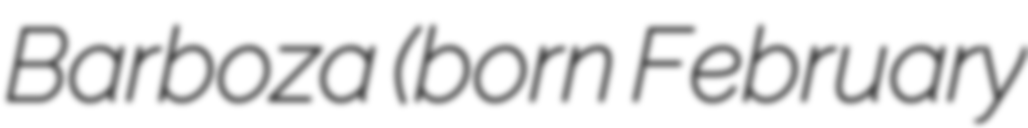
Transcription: Barboza (born February